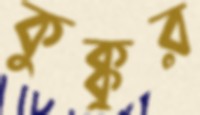
কুক্কুর